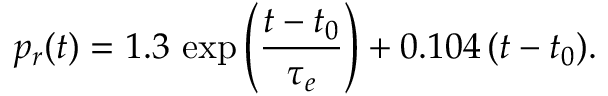
p _ { r } ( t ) = 1 . 3 \, \exp \left( \frac { t - t _ { 0 } } { \tau _ { e } } \right) + 0 . 1 0 4 \, ( t - t _ { 0 } ) .